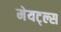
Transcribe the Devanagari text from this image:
मेयट्ल्स